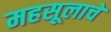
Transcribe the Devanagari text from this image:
महसूलाचे